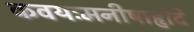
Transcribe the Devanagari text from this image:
कवयःमनीषाहृदि